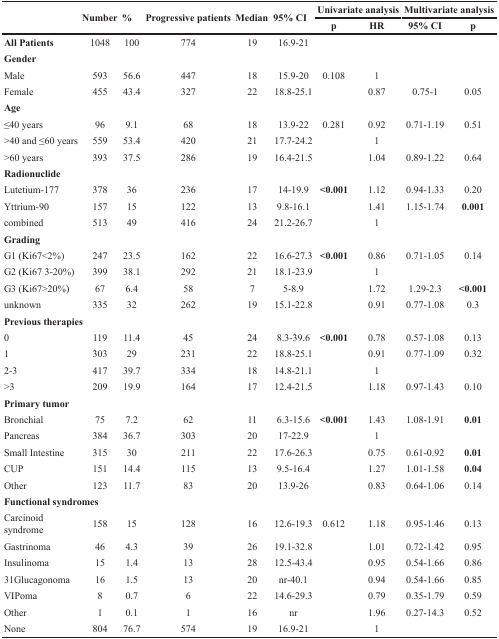
<table><thead><tr><td rowspan="2"></td><td rowspan="2"><b>Number</b></td><td rowspan="2"><b>%</b></td><td rowspan="2"><b>Progressive patients</b></td><td rowspan="2"><b>Median</b></td><td rowspan="2"><b>95% CI</b></td><td colspan="2"><b>Univariate analysis</b></td><td colspan="2"><b>Multivariate analysis</b></td></tr><tr><td><b>p</b></td><td><b>HR</b></td><td><b>95% CI</b></td><td><b>p</b></td></tr></thead><tbody><tr><td><b>All Patients</b></td><td>1048</td><td>100</td><td>774</td><td>19</td><td>16.9-21</td><td></td><td></td><td></td><td></td></tr><tr><td colspan="10"><b>Gender</b></td></tr><tr><td>Male</td><td>593</td><td>56.6</td><td>447</td><td>18</td><td>15.9-20</td><td>0.108</td><td>1</td><td></td><td></td></tr><tr><td>Female</td><td>455</td><td>43.4</td><td>327</td><td>22</td><td>18.8-25.1</td><td></td><td>0.87</td><td>0.75-1</td><td>0.05</td></tr><tr><td colspan="10"><b>Age</b></td></tr><tr><td>≤40 years</td><td>96</td><td>9.1</td><td>68</td><td>18</td><td>13.9-22</td><td>0.281</td><td>0.92</td><td>0.71-1.19</td><td>0.51</td></tr><tr><td>&gt;40 and ≤60 years</td><td>559</td><td>53.4</td><td>420</td><td>21</td><td>17.7-24.2</td><td></td><td>1</td><td></td><td></td></tr><tr><td>&gt;60 years</td><td>393</td><td>37.5</td><td>286</td><td>19</td><td>16.4-21.5</td><td></td><td>1.04</td><td>0.89-1.22</td><td>0.64</td></tr><tr><td colspan="10"><b>Radionuclide</b></td></tr><tr><td>Lutetium-177</td><td>378</td><td>36</td><td>236</td><td>17</td><td>14-19.9</td><td><b>&lt;0.001</b></td><td>1.12</td><td>0.94-1.33</td><td>0.20</td></tr><tr><td>Yttrium-90</td><td>157</td><td>15</td><td>122</td><td>13</td><td>9.8-16.1</td><td></td><td>1.41</td><td>1.15-1.74</td><td><b>0.001</b></td></tr><tr><td>combined</td><td>513</td><td>49</td><td>416</td><td>24</td><td>21.2-26.7</td><td></td><td>1</td><td></td><td></td></tr><tr><td colspan="10"><b>Grading</b></td></tr><tr><td>G1 (Ki67&lt;2%)</td><td>247</td><td>23.5</td><td>162</td><td>22</td><td>16.6-27.3</td><td><b>&lt;0.001</b></td><td>0.86</td><td>0.71-1.05</td><td>0.14</td></tr><tr><td>G2 (Ki67 3-20%)</td><td>399</td><td>38.1</td><td>292</td><td>21</td><td>18.1-23.9</td><td></td><td>1</td><td></td><td></td></tr><tr><td>G3 (Ki67&gt;20%)</td><td>67</td><td>6.4</td><td>58</td><td>7</td><td>5-8.9</td><td></td><td>1.72</td><td>1.29-2.3</td><td><b>&lt;0.001</b></td></tr><tr><td>unknown</td><td>335</td><td>32</td><td>262</td><td>19</td><td>15.1-22.8</td><td></td><td>0.91</td><td>0.77-1.08</td><td>0.3</td></tr><tr><td colspan="10"><b>Previous therapies</b></td></tr><tr><td>0</td><td>119</td><td>11.4</td><td>45</td><td>24</td><td>8.3-39.6</td><td><b>&lt;0.001</b></td><td>0.78</td><td>0.57-1.08</td><td>0.13</td></tr><tr><td>1</td><td>303</td><td>29</td><td>231</td><td>22</td><td>18.8-25.1</td><td></td><td>0.91</td><td>0.77-1.09</td><td>0.32</td></tr><tr><td>2-3</td><td>417</td><td>39.7</td><td>334</td><td>18</td><td>14.8-21.1</td><td></td><td>1</td><td></td><td></td></tr><tr><td>&gt;3</td><td>209</td><td>19.9</td><td>164</td><td>17</td><td>12.4-21.5</td><td></td><td>1.18</td><td>0.97-1.43</td><td>0.10</td></tr><tr><td colspan="10"><b>Primary tumor</b></td></tr><tr><td>Bronchial</td><td>75</td><td>7.2</td><td>62</td><td>11</td><td>6.3-15.6</td><td><b>&lt;0.001</b></td><td>1.43</td><td>1.08-1.91</td><td><b>0.01</b></td></tr><tr><td>Pancreas</td><td>384</td><td>36.7</td><td>303</td><td>20</td><td>17-22.9</td><td></td><td>1</td><td></td><td></td></tr><tr><td>Small Intestine</td><td>315</td><td>30</td><td>211</td><td>22</td><td>17.6-26.3</td><td></td><td>0.75</td><td>0.61-0.92</td><td><b>0.01</b></td></tr><tr><td>CUP</td><td>151</td><td>14.4</td><td>115</td><td>13</td><td>9.5-16.4</td><td></td><td>1.27</td><td>1.01-1.58</td><td><b>0.04</b></td></tr><tr><td>Other</td><td>123</td><td>11.7</td><td>83</td><td>20</td><td>13.9-26</td><td></td><td>0.83</td><td>0.64-1.06</td><td>0.14</td></tr><tr><td colspan="10"><b>Functional syndromes</b></td></tr><tr><td>Carcinoid syndrome</td><td>158</td><td>15</td><td>128</td><td>16</td><td>12.6-19.3</td><td>0.612</td><td>1.18</td><td>0.95-1.46</td><td>0.13</td></tr><tr><td>Gastrinoma</td><td>46</td><td>4.3</td><td>39</td><td>26</td><td>19.1-32.8</td><td></td><td>1.01</td><td>0.72-1.42</td><td>0.95</td></tr><tr><td>Insulinoma</td><td>15</td><td>1.4</td><td>13</td><td>28</td><td>12.5-43.4</td><td></td><td>0.95</td><td>0.54-1.66</td><td>0.86</td></tr><tr><td>31Glucagonoma</td><td>16</td><td>1.5</td><td>13</td><td>20</td><td>nr-40.1</td><td></td><td>0.94</td><td>0.54-1.66</td><td>0.85</td></tr><tr><td>VIPoma</td><td>8</td><td>0.7</td><td>6</td><td>22</td><td>14.6-29.3</td><td></td><td>0.79</td><td>0.35-1.79</td><td>0.59</td></tr><tr><td>Other</td><td>1</td><td>0.1</td><td>1</td><td>16</td><td>nr</td><td></td><td>1.96</td><td>0.27-14.3</td><td>0.52</td></tr><tr><td>None</td><td>804</td><td>76.7</td><td>574</td><td>19</td><td>16.9-21</td><td></td><td>1</td><td></td><td></td></tr></tbody></table>